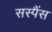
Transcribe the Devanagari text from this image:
सस्पैंस